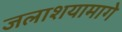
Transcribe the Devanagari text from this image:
जलाशयामागे